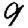
Digit: 9